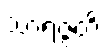
သာရဇ္ဇတိ